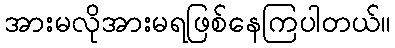
အားမလိုအားမရဖြစ်နေကြပါတယ်။